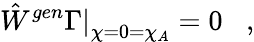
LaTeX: \hat{W}^{gen}\left.\Gamma\right|_{\chi=0=\chi_{A}}=0\; \; \; ,